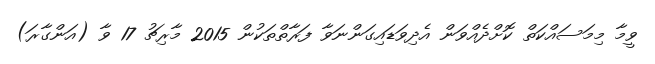
ވީމާ މިމަސައްކަތް ކޮށްދެއްވަން އެދިވަޑައިގަންނަވާ ފަރާތްތަކުން 2015 މާރިޗު 17 ވާ (އަންގާރަ)